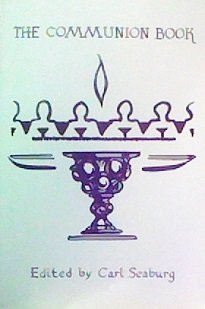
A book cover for The Communion Book; Carl Seaburg; Religion & Spirituality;